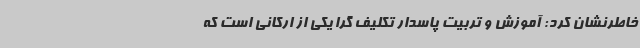
خاطرنشان کرد: آموزش و تربیت پاسدار تکلیف گرا یکی از ارکانی است که